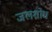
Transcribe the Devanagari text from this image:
जलशोध